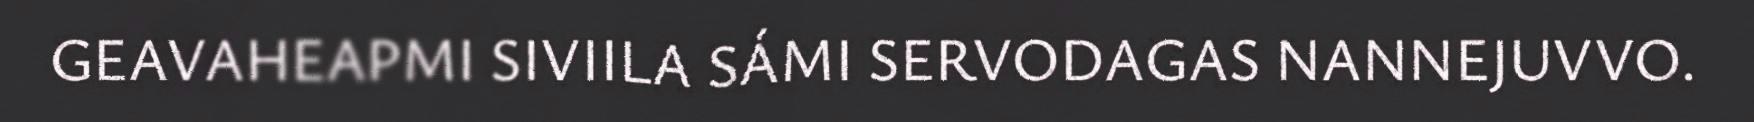
GEAVAHEAPMI SIVIILA SÁMI SERVODAGAS NANNEJUVVO.